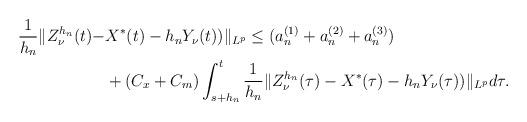
LaTeX: \begin{align*} \frac{1}{h_n}\|Z_\nu^{h_n}(t)-&X^*(t)-h_n Y_\nu(t))\|_{L^p}\leq (a_n^{(1)}+a_n^{(2)}+a_n^{(3)})\\&+(C_x+C_m) \int_{s+h_n}^t\frac{1}{h_n}\|Z_\nu^{h_n}(\tau)-X^*(\tau)-h_nY_\nu(\tau))\|_{L^p}d\tau. \end{align*}